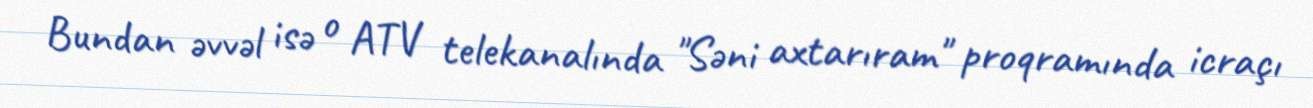
Bundan əvvəl isə o ATV telekanalında "Səni axtarıram" proqramında icraçı